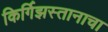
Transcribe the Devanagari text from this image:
किर्गिझस्तानाचा